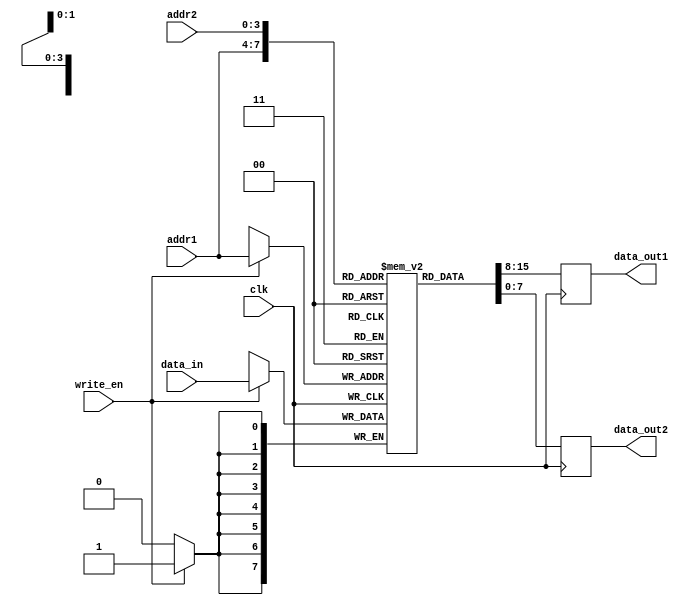
module dual_port_register_file
(
  input wire clk,
  input wire [3:0] addr1,
  input wire [3:0] addr2,
  input wire [7:0] data_in,
  input wire write_en,
  output reg [7:0] data_out1,
  output reg [7:0] data_out2
);

reg [7:0] registers [15:0];

always @(posedge clk) begin
  if (write_en) begin
    registers[addr1] <= data_in;
  end
  data_out1 <= registers[addr1];
  data_out2 <= registers[addr2];
end

endmodule